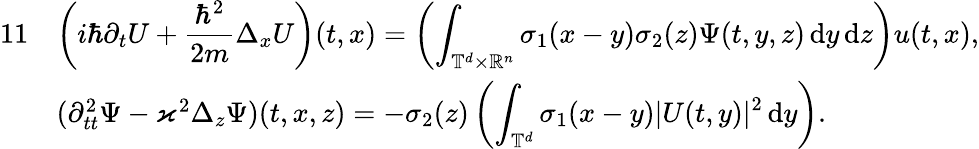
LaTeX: \begin{array}{rl}{{11}}&{\displaystyle\left(i\hbar\partial_{t}U+\frac{\hbar^{2}}{2m}\Delta_{x}U\right)(t,x)=\left(\displaystyle\int_{\mathbb T^{d}\times\mathbb R^{n}}\sigma_{1}(x-y)\sigma_{2}(z)\Psi(t,y,z)\, {\mathrm{d}}y\, {\mathrm{d}}z\right)u(t,x),}\\ &{(\partial_{tt}^{2}\Psi-\varkappa^{2}\Delta_{z}\Psi)(t,x,z)=-\sigma_{2}(z)\left(\displaystyle\int_{\mathbb T^{d}}\sigma_{1}(x-y)|U(t,y)|^{2}\, {\mathrm{d}}y\right).}\end{array}